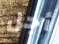
أجل